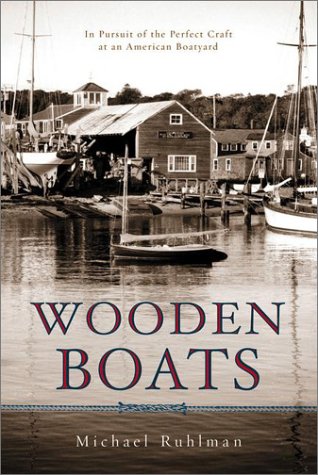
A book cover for Wooden Boats; Michael Ruhlman; Biographies & Memoirs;